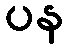
ပန